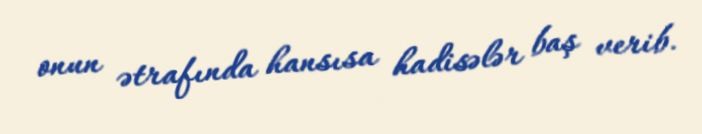
onun ətrafında hansısa hadisələr baş verib.